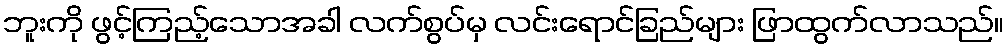
ဘူးကို ဖွင့်ကြည့်သောအခါ လက်စွပ်မှ လင်းရောင်ခြည်များ ဖြာထွက်လာသည်။